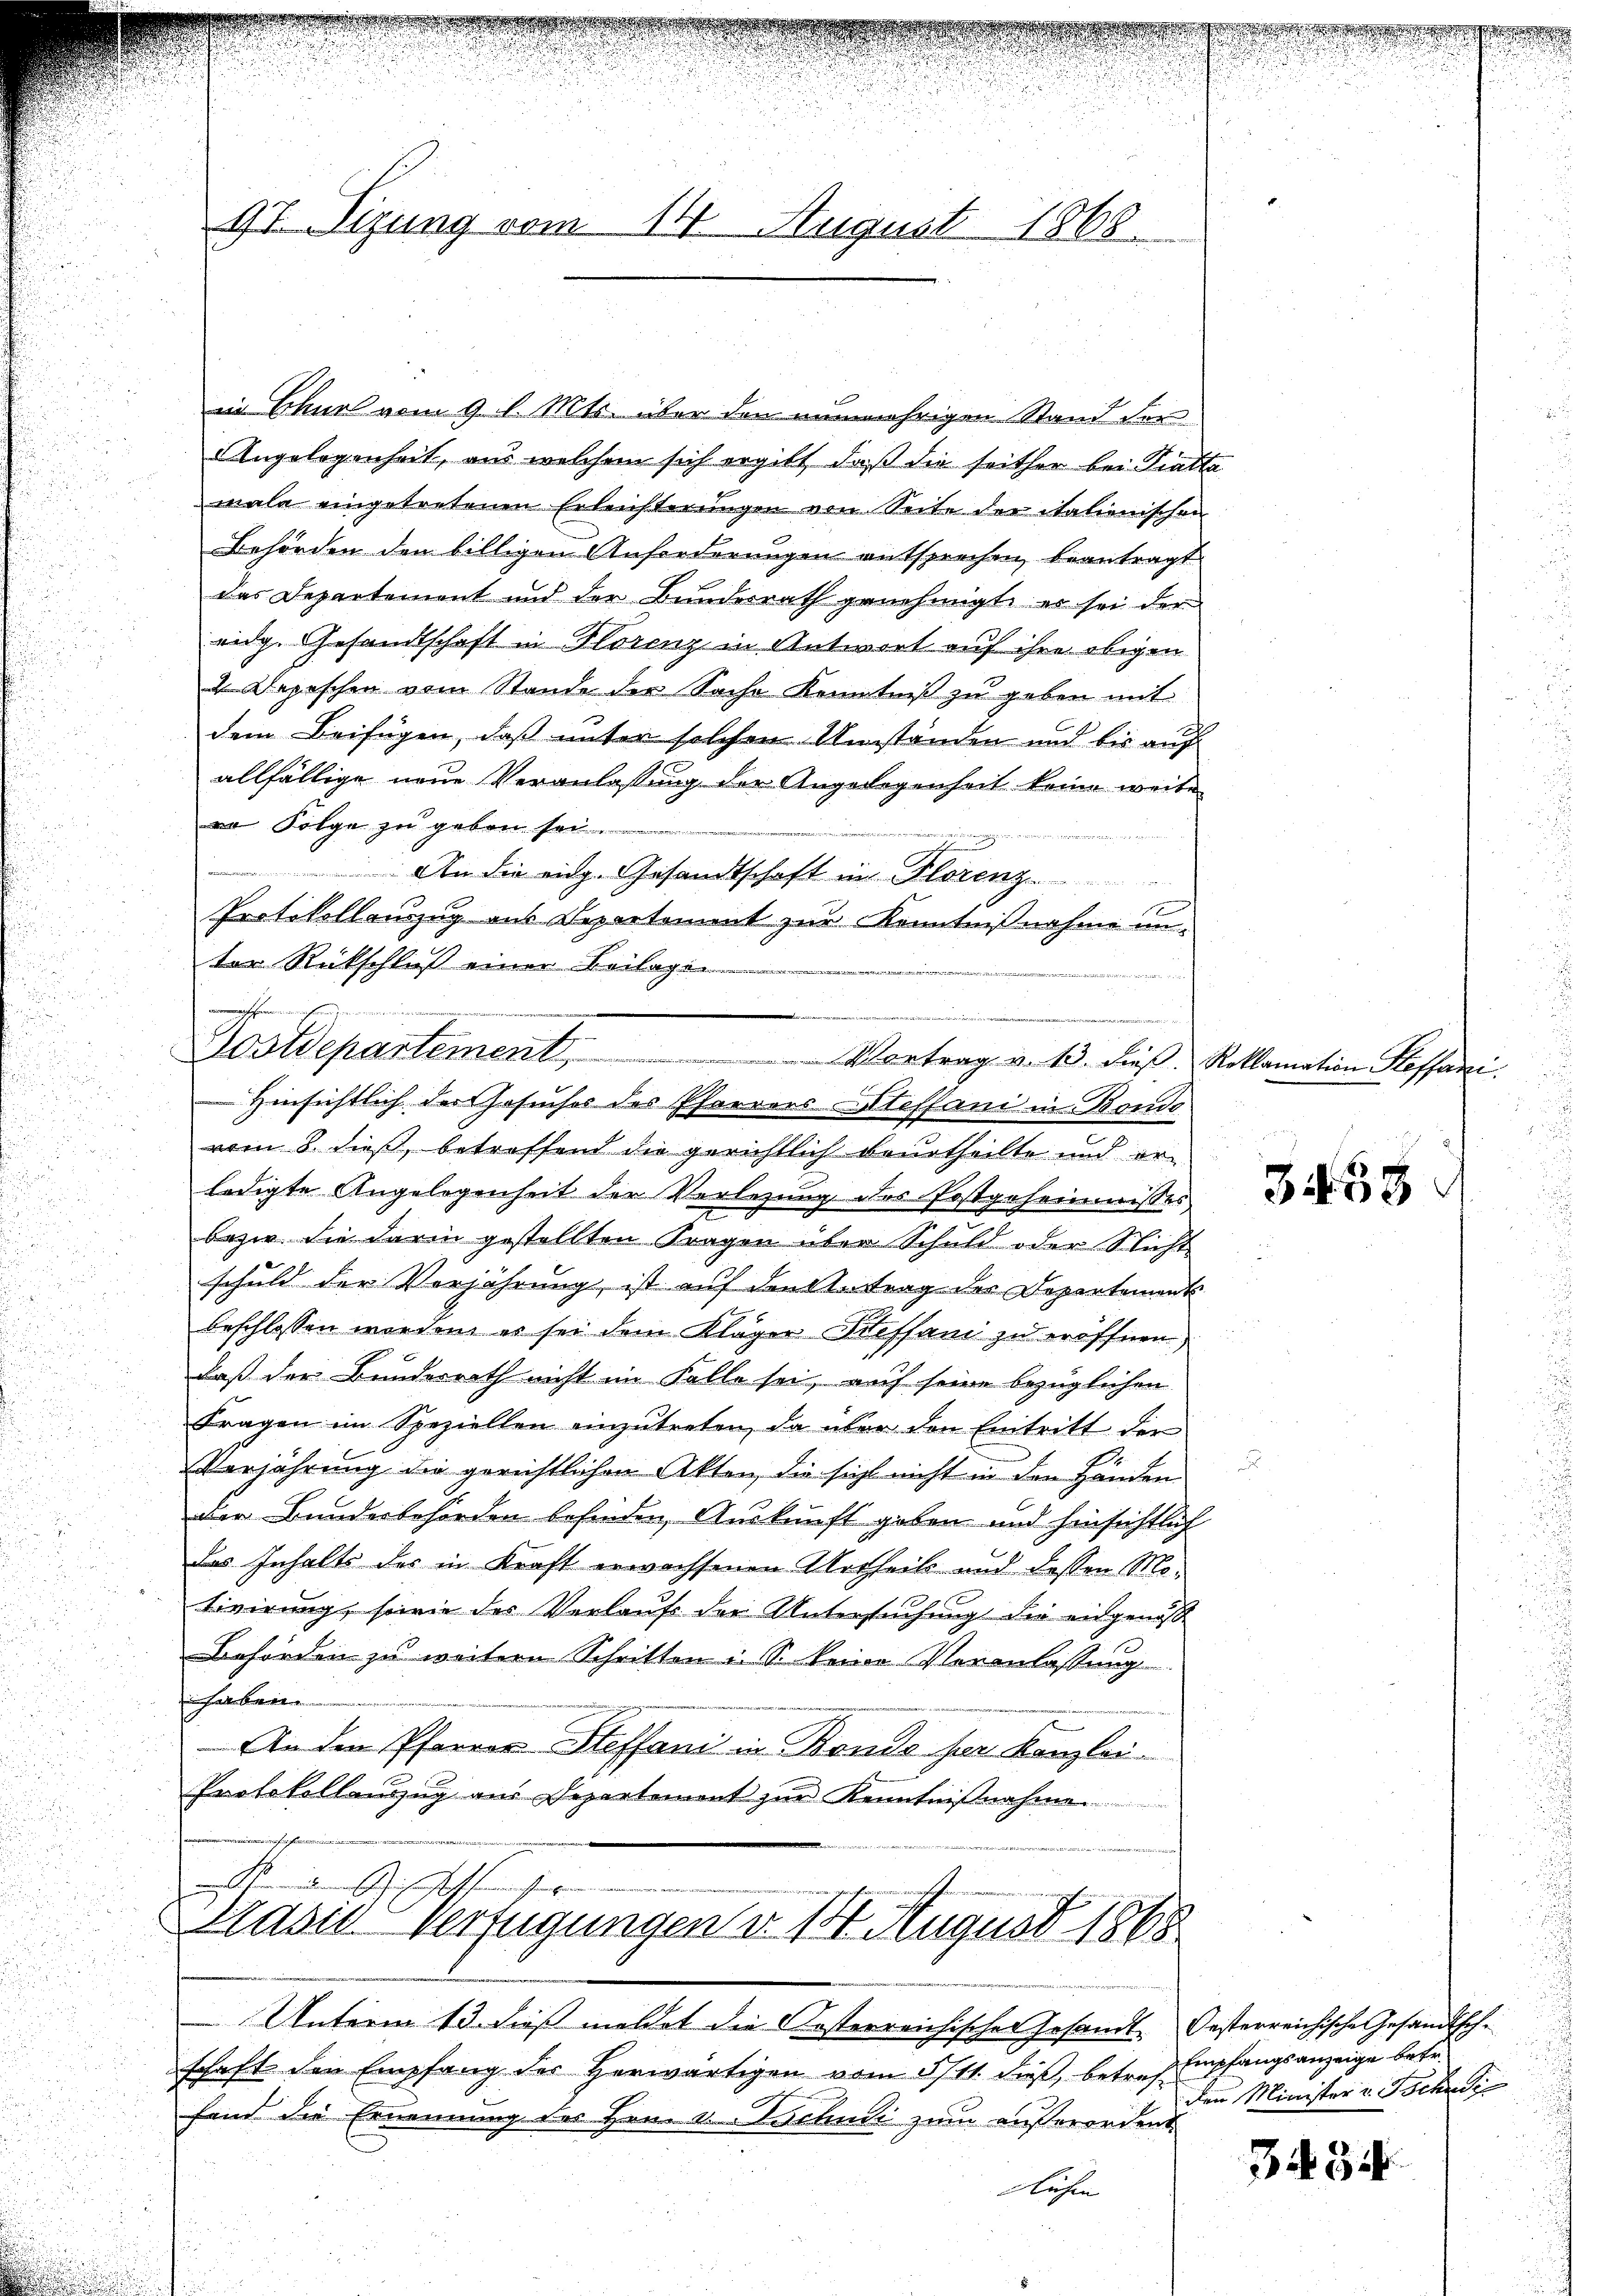
97 Sizung vom 14. August 1868.

Postdepartement Vortrag v. 13. dieβ. Reklamation Heffani.

dischenhange
Brasis Verfügungen v. 14. August 1868

Unterm 13. dieß meldet die Kosterreichischer Gesandt. Oesterreichische Gesandtschschaft den Empfang des Herwärtigen vom 5/11. dieß, betreffand die Ernennung des Hrn. v. Tschudi zum außerordent
nlichen

in Chur vom 9. l. Mts. über den nunmehrigen Stand der
Angelegenheit, aus welchem sich ergibt, daß die seither bei Tratta
male eingetretenen Erleichterungen von Seite der italienischen
Behörden den billigen Anforderungen entsprechen, beantragt
das Departement und der Bundesrath genehmigt, es sei der
eidg. Gesandtschaft in Horenz in Antwort auf ihre obigen
2 Depeschen vom Stande der Sache Kenntniß zu geben mit
dem Beifügen, daß unter solchen Umständen und bis auf
allfällige neue Veranlassung der Angelegenheit keine weite
vo Folge zu geben sei.
 An die eidg. Gesandtschaft in Florenz
Protokollauszug aus Departement zur Kenntnißnahme un-
ter Rückschluß einer Beilagen
a
rchen
.

Hinsichtlich der Gesuches des Pfarrers Steffani in Bondo
vom 8. dieß, betreffend die gerichtlich beurtheilte und erledigte Angelegenheit der Verlegung des Postgeheimnisses
bezw. die darin gestellten Fragen über Schuld oder Nicht
schuld der Verjährung, ist auf den Antrag des Departement
beschlossen worden, es sei dem Kläger Steffani zu eröffnen,
daß der Bundesrath nicht im Falle sei, auf seine bezüglichen
Fragen im Speziellen einzutreten, da über den Eintritt der
Verjährung die gerichtlichen Akten, die sicht nicht in den Händen
der Bundesbehörden befinden Auskunft geben und hinsichtlich
das Inhalts des in Kraft erwachsenen Urtheils und dessen Motivirung, sowie der Verlaufe der Untersuchung die eingenoß
Behörden zu weitern Schritten u. S. keine Veranlassung
inhalt beren |
An dem Pfarrer Steffani in Bonde ser Kanzlei¬
Protokollauszug aus Departement zur Kenntnißnahme.

e
s
.
u

3458

& Empfangsanzeige betr.
den Minister v. Tschudi

3434

n